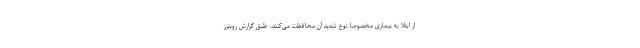
از ابتلا به بیماری مخصوصا نوع شدید آن محافظت می‌کنند. طبق گزارش رویترز